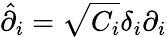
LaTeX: \hat{\partial}_{i}=\sqrt{C_{i}}\delta_{i}\partial_{i}